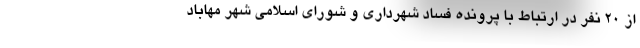
از ۲۰ نفر در ارتباط با پرونده فساد شهرداری و شورای اسلامی شهر مهاباد